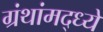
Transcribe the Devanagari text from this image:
ग्रंथांमद्ध्ये